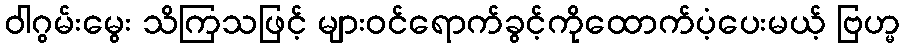
ဝါဂွမ်းမွေး သိကြသဖြင့် များဝင်ရောက်ခွင့်ကိုထောက်ပံ့ပေးမယ့် ဗြဟ္မ